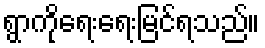
ရွာကိုရေးရေးမြင်ရသည်။